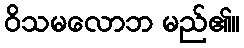
ဝိသမလောဘ မည်၏။